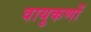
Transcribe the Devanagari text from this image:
वायुकणों